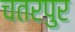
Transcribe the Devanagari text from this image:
चतरपुर